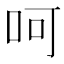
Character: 呵